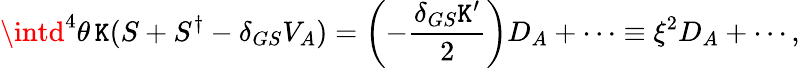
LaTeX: \intd^{4}\theta\, \mathtt{K}(S+S^{\dagger}-\delta_{GS}V_{A})=\left(-\frac{{\delta_{GS}\mathtt{K}^{\prime}}}{{2}}\right)D_{A}+\cdots\equiv\xi^{2}D_{A}+\cdots,